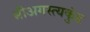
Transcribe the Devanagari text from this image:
श्रीअगस्त्यकुंड